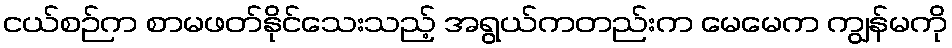
ငယ်စဉ်က စာမဖတ်နိုင်သေးသည့် အရွယ်ကတည်းက မေမေက ကျွန်မကို